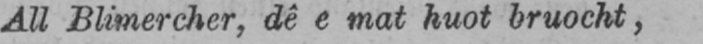
All Blimercher, dê e mat huot bruocht,